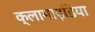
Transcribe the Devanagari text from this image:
क्लामाइडिया